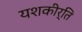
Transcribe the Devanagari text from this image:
यशकीर्ति